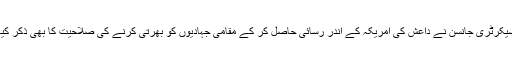
سیکرٹری جانسن نے داعش کی امریکہ کے اندر رسائی حاصل کر کے مقامی جہادیوں کو بھرتی کرنے کی صلاحیت کا بھی ذکر کیا۔